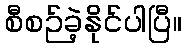
စီစဉ်ခဲ့နိုင်ပါပြီ။